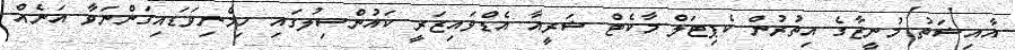
އާއިޝަތު މުނީޒާގެ އިތުރުން ކެޕިޓަލް މާކެޓް ޝަރީއާ އެޑްވައިޒަރީ ކައުންސިލުގައި ހިމެނިވަޑައިގަންނަވާ އަނެއް